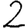
Digit: 2